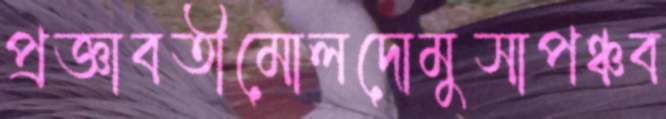
প্রজ্ঞাবতীমোলদোমুসাপঞ্চব